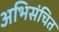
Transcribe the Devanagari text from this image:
अभिसंचित